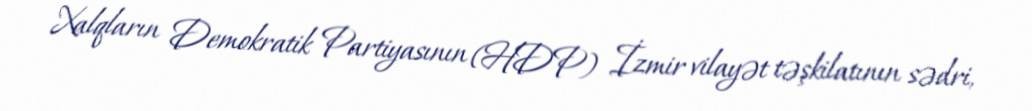
Xalqların Demokratik Partiyasının (HDP) İzmir vilayət təşkilatının sədri,